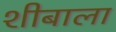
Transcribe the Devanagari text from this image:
शीबाला